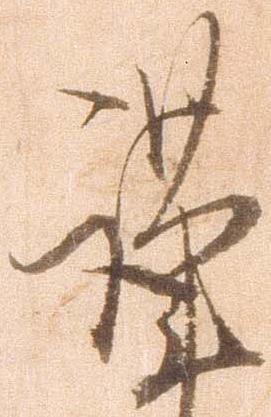
謹